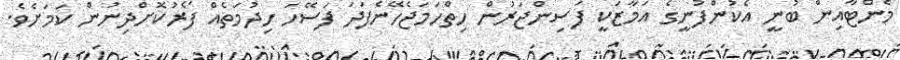
މެންޓާއިން ބުނީ އެކުންފުނީގެ އަމާޒަކީ ފަސިންޖަރުން ހިތްހަމަޖެހޭނެފަދަ ފަސޭހަ ހިދުމަތެއް ފޯރުކޮށްދިނުން ކަމަށެވެ.